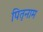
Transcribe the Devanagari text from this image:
पितृनाम